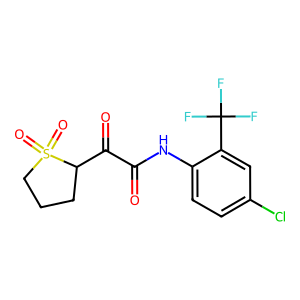
SMILES: O=C(Nc1ccc(Cl)cc1C(F)(F)F)C(=O)C1CCCS1(=O)=O
Inhibits HIV replication: No